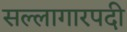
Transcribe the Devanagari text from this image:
सल्लागारपदी